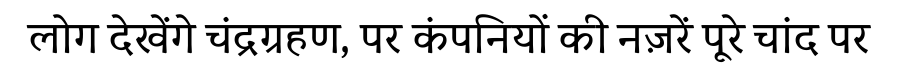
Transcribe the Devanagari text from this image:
लोग देखेंगे चंद्रग्रहण, पर कंपनियों की नज़रें पूरे चांद पर